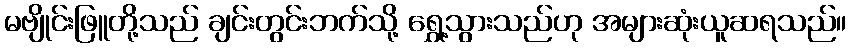
မဗျိုင်းဖြူတို့သည် ချင်းတွင်းဘက်သို့ ရွှေ့သွားသည်ဟု အများဆုံးယူဆရသည်။